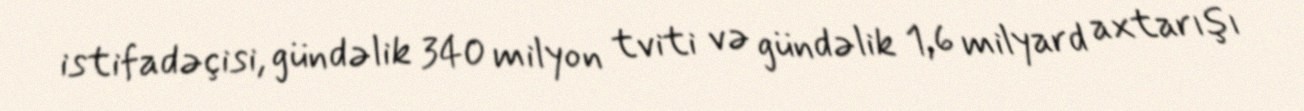
istifadəçisi, gündəlik 340 milyon tviti və gündəlik 1,6 milyard axtarışı